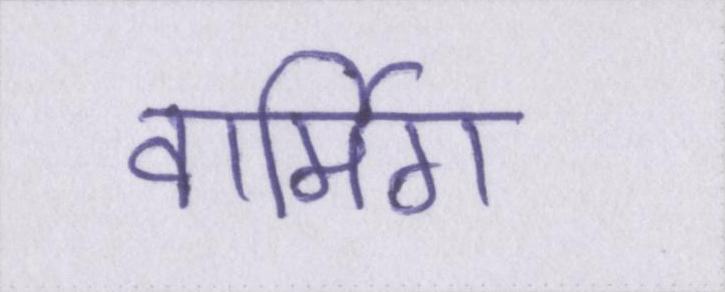
वार्मिग